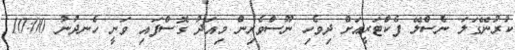
ކުރުނޭގަލަ ނެސްލޭ ފެކްޓަރީއަށް ދިވެހި ނޫސްވެރިން މިއަދު ގޮސްފައި ވަނީ ހެނދުނު 10:00